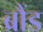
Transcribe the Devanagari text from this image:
ब्रौंड